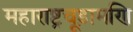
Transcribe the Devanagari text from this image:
महाराष्ट्रचूड़ामणि